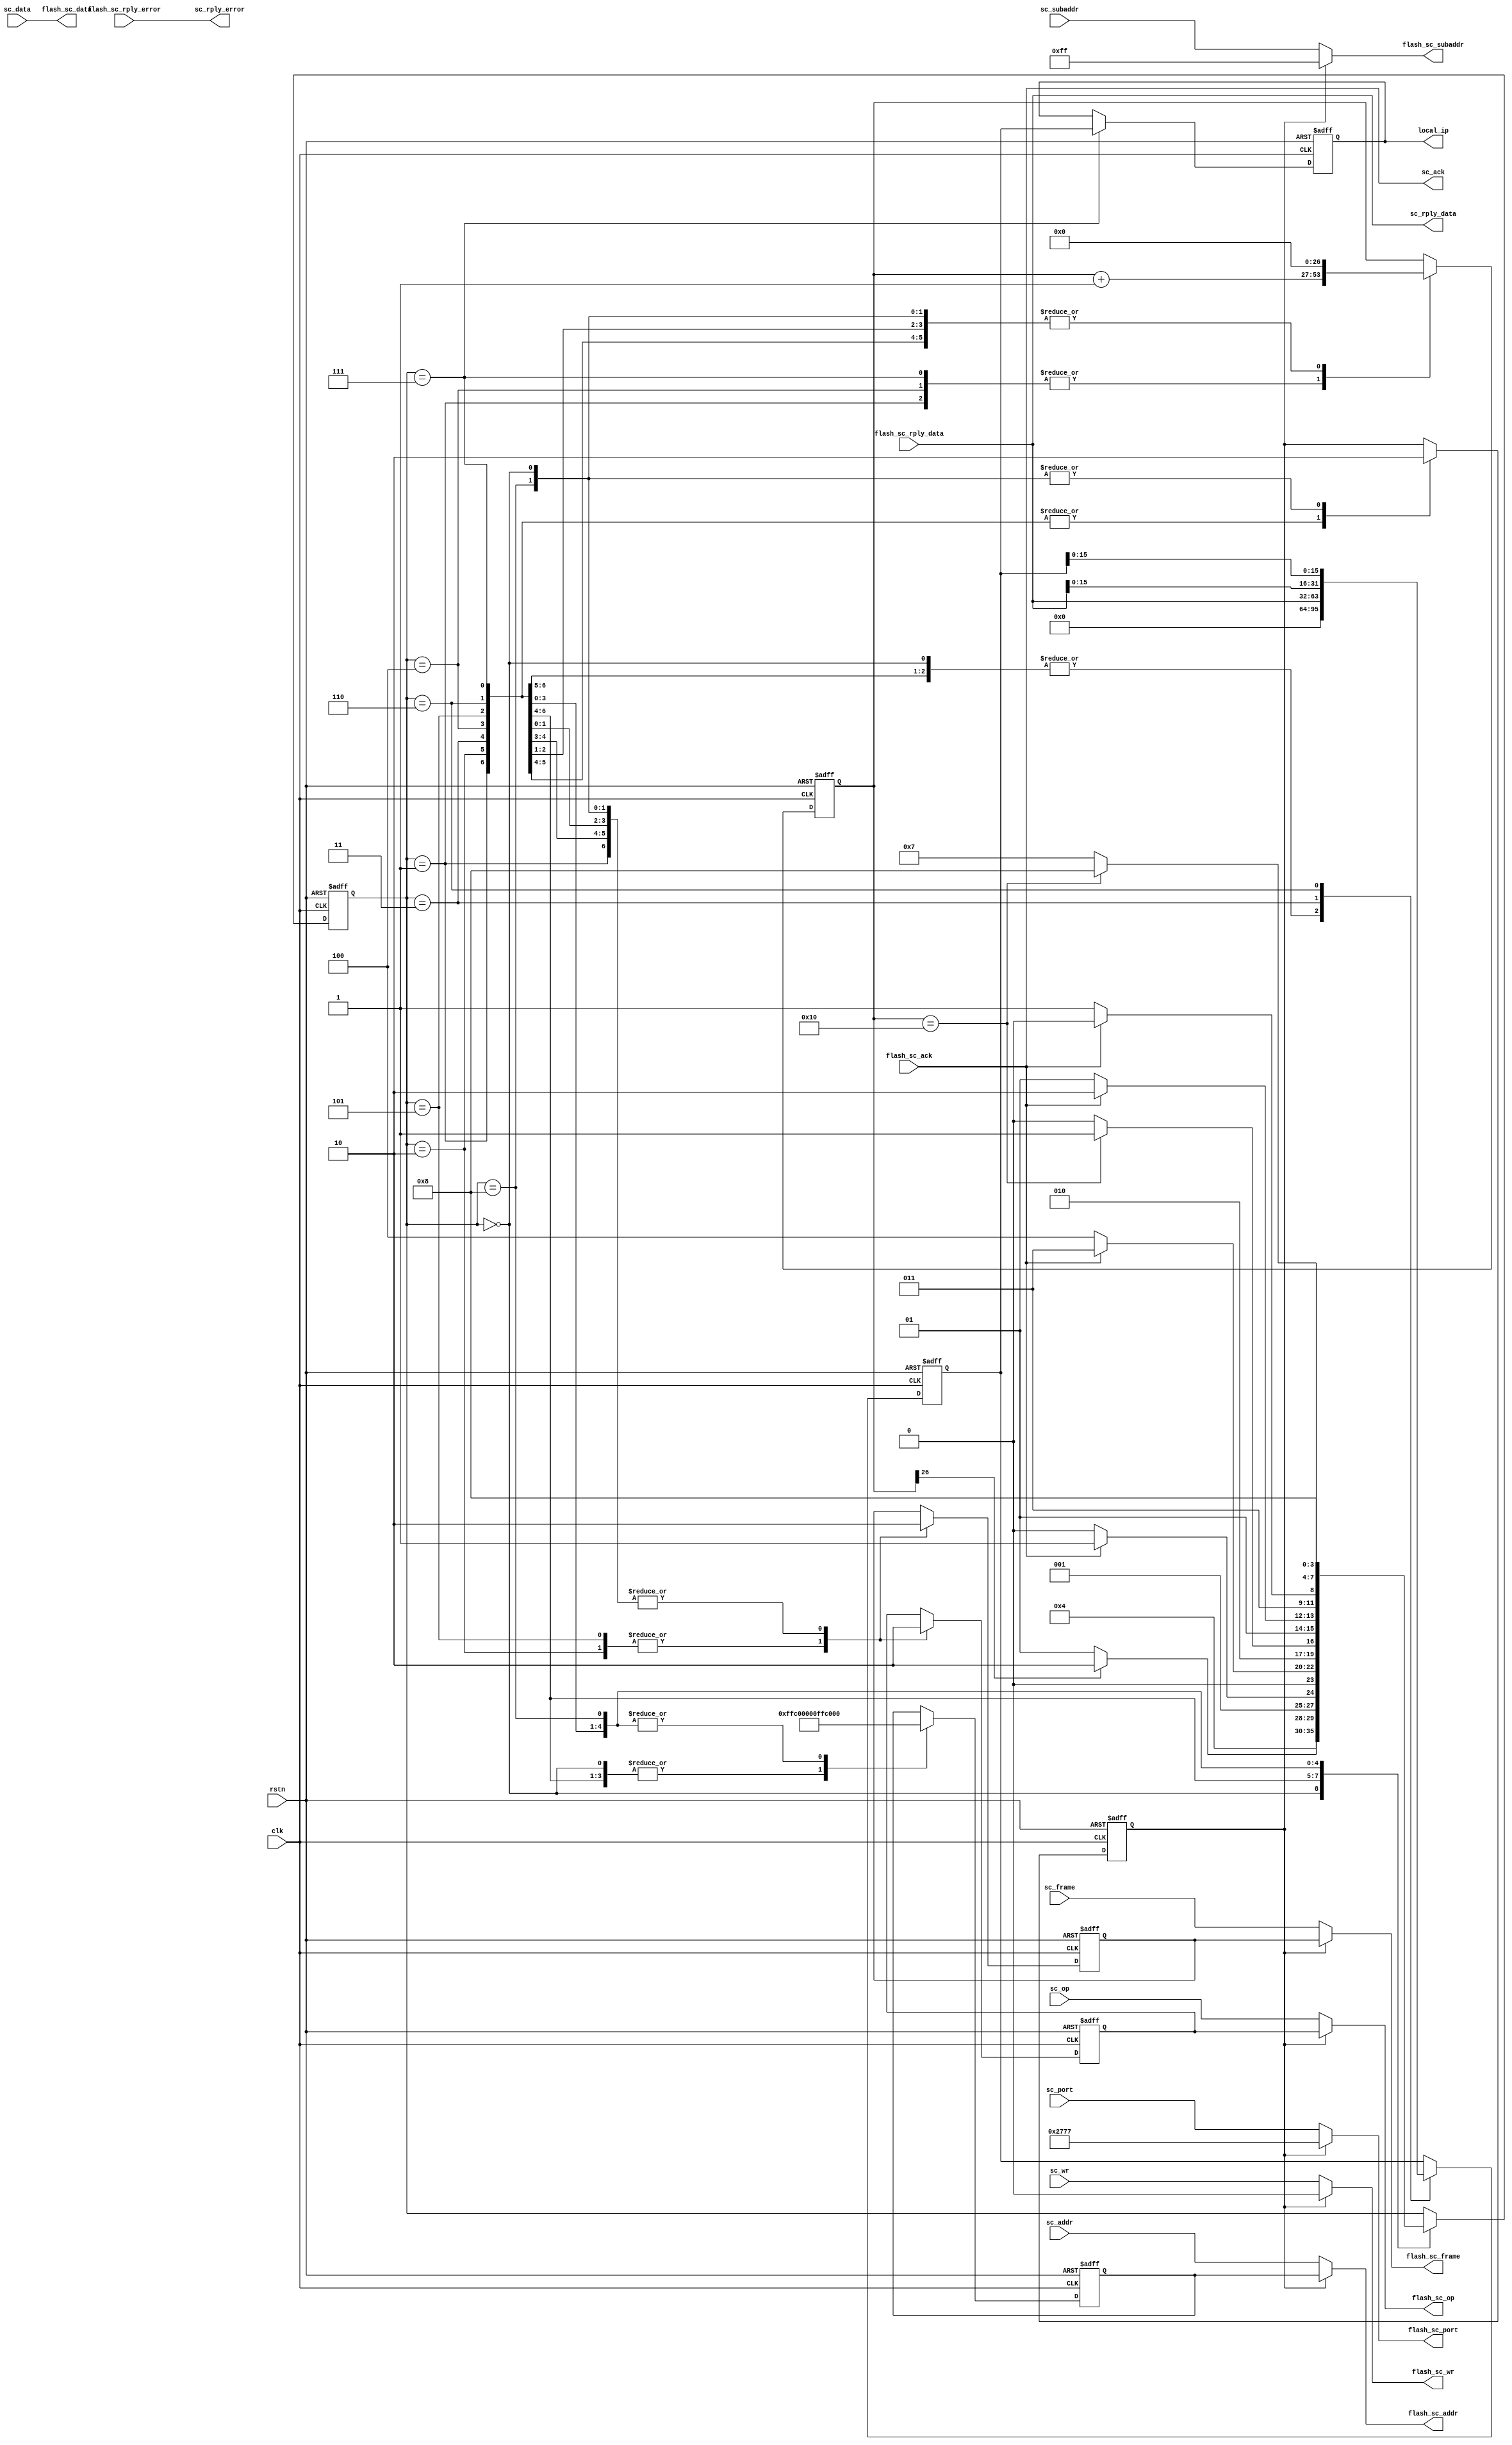
`timescale 1ns / 1ps

// ALICE/PHOS SRU
// Equivalent SRU = SRUV3FM2015071611_EMCal
// Fan Zhang. 16 July 2015

module ReadIPinFlash(
    input clk, //100MHz
    input rstn,
	 
	 output reg [31:0] local_ip = 32'h0aa08479,
	 
	 //Global SC interface
    input [15:0] sc_port,
    input [31:0] sc_data,
    input [31:0] sc_addr,
    input [31:0] sc_subaddr,
    input sc_op,
    input sc_frame,
    input sc_wr,
    output sc_ack,
    output [31:0] sc_rply_data,
    output [31:0] sc_rply_error, 
	 
	 //Flash SC interface
    output [15:0] flash_sc_port,
    output [31:0] flash_sc_data,
    output [31:0] flash_sc_addr,
    output [31:0] flash_sc_subaddr,
    output flash_sc_op,
    output flash_sc_frame,
    output flash_sc_wr,
    input flash_sc_ack,
    input [31:0] flash_sc_rply_data,
    input [31:0] flash_sc_rply_error
    );
	 

   // wire [15:0] ip_sc_port;
    wire [31:0] ip_sc_data;
    reg [31:0] ip_sc_addr = 32'h00FFC000;
    wire [31:0] ip_sc_subaddr;
    reg ip_sc_op = 1'b0;
    reg ip_sc_frame = 1'b0;
    wire ip_sc_wr;
    wire ip_sc_ack;
    wire [31:0] ip_sc_rply_data;
    wire [31:0] ip_sc_rply_error;
	 
	 reg ip_sc_en = 1'b0;
	 reg [26:0] ip_sc_cnt = 27'h0; //ca. 1.5s 
	 reg [31:0] local_ip_i = 32'h0;
	 
	 assign ip_sc_subaddr = 32'h000000ff;
	 assign ip_sc_wr = 1'b0;
	 //assign ip_sc_data = 32'h0;
	 
	 assign flash_sc_port = ip_sc_en ? 16'h2777 : sc_port;
	 assign flash_sc_data = sc_data;
	 assign flash_sc_addr = ip_sc_en ? ip_sc_addr : sc_addr;////FFC000(low),//FFC001(high)
	 assign flash_sc_subaddr = ip_sc_en ? ip_sc_subaddr : sc_subaddr;
	 
	 assign flash_sc_op = ip_sc_en ? ip_sc_op : sc_op;
	 assign flash_sc_frame = ip_sc_en ? ip_sc_frame : sc_frame;
	 assign flash_sc_wr = ip_sc_en ? ip_sc_wr : sc_wr;
	 
	 assign sc_ack = flash_sc_ack;
	 assign sc_rply_data = flash_sc_rply_data;
	 assign sc_rply_error = flash_sc_rply_error;
	 
	 assign ip_sc_ack = flash_sc_ack;
	 assign ip_sc_rply_data = flash_sc_rply_data;
	 assign ip_sc_rply_error = flash_sc_rply_error;

//FFC000
//FFC001
parameter st0 = 0;
parameter st1 = 1;
parameter st2 = 2;
parameter st3 = 3;
parameter st4 = 4;
parameter st5 = 5;
parameter st6 = 6;
parameter st7 = 7;
parameter st8 = 8;

reg [3:0] st = st0;

wire reset; 
assign reset = ~rstn;

always @(posedge reset or posedge clk)
if(reset)
begin
ip_sc_en <= 1'b0;
ip_sc_cnt <= 27'h0;

ip_sc_addr <= 32'h00FFC000;
ip_sc_op <= 1'b0;
ip_sc_frame <= 1'b0;

local_ip_i <= 32'h0;
local_ip <= 32'h0aa08479;

st <= st0;
end else case(st)
st0 : begin
ip_sc_en <= 1'b0;
ip_sc_cnt <= 27'h0;

ip_sc_addr <= 32'h00FFC000;
ip_sc_op <= 1'b0;
ip_sc_frame <= 1'b0;

local_ip_i <= 32'h0;
local_ip <= local_ip;

st <= st1;
end

st1 : begin
ip_sc_en <= 1'b1;
ip_sc_cnt <= ip_sc_cnt + 27'h1;

ip_sc_addr <= 32'h00FFC000;
ip_sc_op <= 1'b0;
ip_sc_frame <= 1'b0;

local_ip_i <= 32'h0;
local_ip <= local_ip;

if(ip_sc_cnt[26])
st <= st2;
else
st <= st1;
end

st2 : begin
ip_sc_en <= 1'b1;
ip_sc_cnt <= 27'h0;

ip_sc_addr <= 32'h00FFC000;
ip_sc_op <= 1'b1;
ip_sc_frame <= 1'b1;

local_ip_i <= 32'h0;
local_ip <= local_ip;

if(ip_sc_ack)
st <= st3;
else
st <= st2;
end

st3 : begin
ip_sc_en <= 1'b1;
ip_sc_cnt <= 27'h0;

ip_sc_addr <= 32'h00FFC000;
ip_sc_op <= 1'b0;
ip_sc_frame <= 1'b0;

local_ip_i <= ip_sc_rply_data;
local_ip <= local_ip;

if(ip_sc_ack)
st <= st3;
else
st <= st4;
end

st4 : begin
ip_sc_en <= 1'b1;
ip_sc_cnt <= ip_sc_cnt + 27'd1;

ip_sc_addr <= 32'h00FFC001;
ip_sc_op <= 1'b0;
ip_sc_frame <= 1'b0;

local_ip_i <= local_ip_i;
local_ip <= local_ip;

if(ip_sc_cnt == 27'd16)
st <= st5;
else
st <= st4;
end

st5 : begin
ip_sc_en <= 1'b1;
ip_sc_cnt <= 27'h0;

ip_sc_addr <= 32'h00FFC001;
ip_sc_op <= 1'b1;
ip_sc_frame <= 1'b1;

local_ip_i <= local_ip_i;
local_ip <= local_ip;

if(ip_sc_ack)
st <= st6;
else
st <= st5;
end

st6 : begin
ip_sc_en <= 1'b1;
ip_sc_cnt <= 27'h0;

ip_sc_addr <= 32'h00FFC001;
ip_sc_op <= 1'b0;
ip_sc_frame <= 1'b0;

local_ip_i <= {ip_sc_rply_data[15:0],local_ip_i[15:0]};
local_ip <= local_ip;

if(ip_sc_ack)
st <= st6;
else
st <= st7;
end

st7 : begin
ip_sc_en <= 1'b1;
ip_sc_cnt <= ip_sc_cnt + 27'd1;

ip_sc_addr <= 32'h00FFC001;
ip_sc_op <= 1'b0;
ip_sc_frame <= 1'b0;

local_ip_i <= local_ip_i;
local_ip <= local_ip_i;

if(ip_sc_cnt == 27'd16)
st <= st8;
else
st <= st7;
end

st8 : begin
ip_sc_en <= 1'b0;
ip_sc_cnt <= 27'd0;

ip_sc_addr <= 32'h00FFC001;
ip_sc_op <= 1'b0;
ip_sc_frame <= 1'b0;

local_ip_i <= local_ip_i;
local_ip <= local_ip;

st <= st8;
end
endcase

endmodule